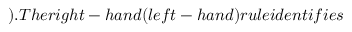
) . T h e r i g h t - h a n d ( l e f t - h a n d ) r u l e i d e n t i f i e s